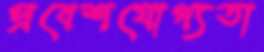
প্রবেশযোগ্যতা